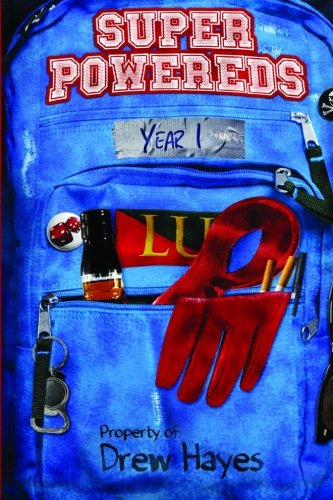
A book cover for Super Powereds: Year 1 (Volume 1); Drew Hayes; Science Fiction & Fantasy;